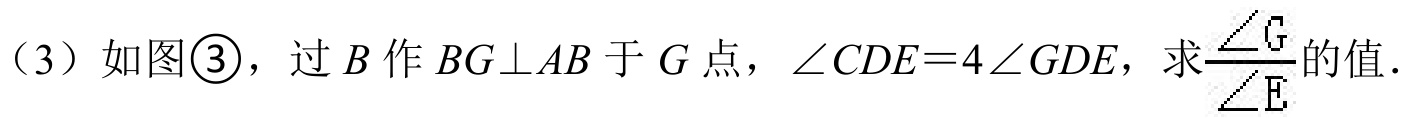
（3）如图\textcircled{3}，过$B$作$BG\perp AB$于$G$点，$\angle CDE = 4\angle GDE$，求$\dfrac{\angle G}{\angle E}$的值.